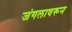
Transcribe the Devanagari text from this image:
जंगलावरून